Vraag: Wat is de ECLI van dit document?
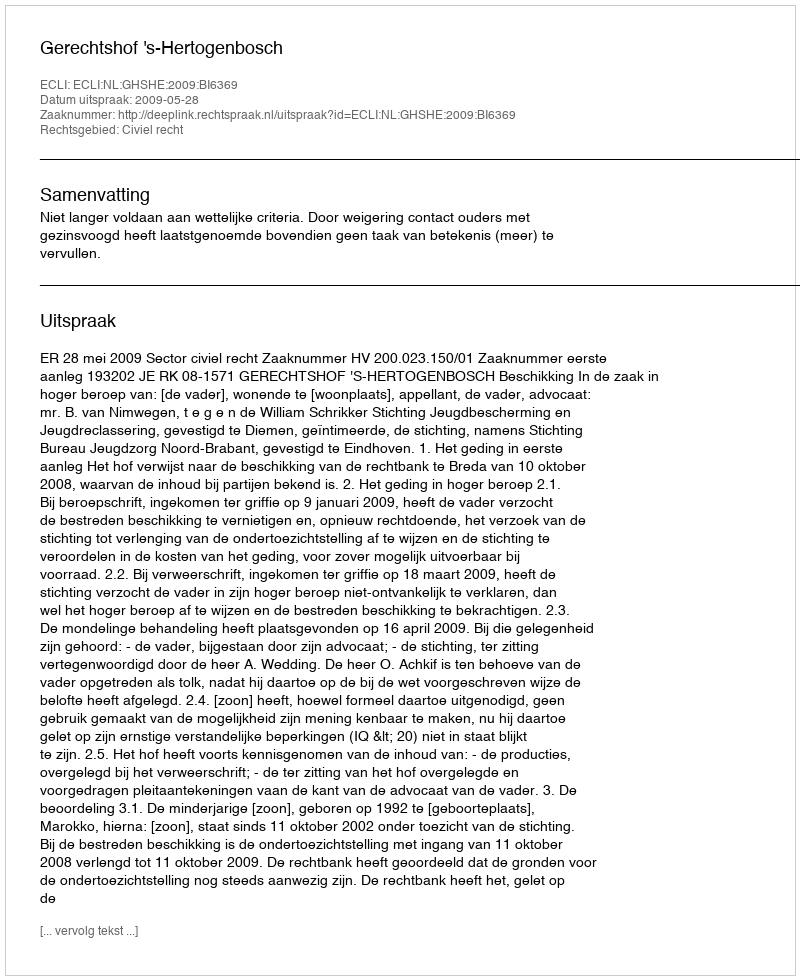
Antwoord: ECLI:NL:GHSHE:2009:BI6369